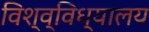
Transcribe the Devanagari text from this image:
विश्व्विध्यालय